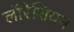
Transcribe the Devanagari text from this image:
लॉरेंशियन